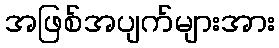
အဖြစ်အပျက်များအား